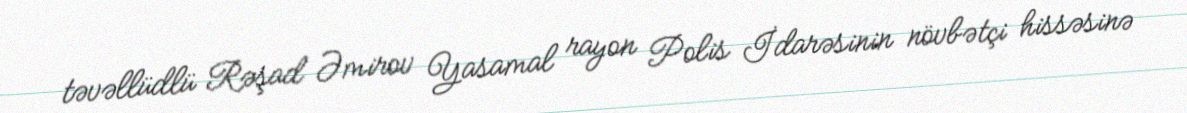
təvəllüdlü Rəşad Əmirov Yasamal rayon Polis İdarəsinin növbətçi hissəsinə